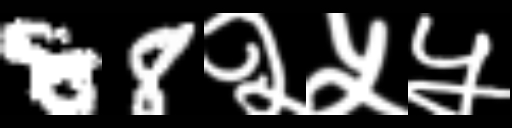
Text: 88२५५